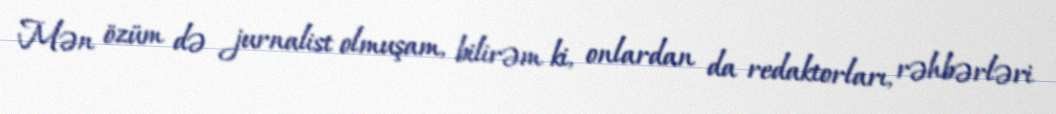
Mən özüm də jurnalist olmuşam, bilirəm ki, onlardan da redaktorları, rəhbərləri